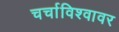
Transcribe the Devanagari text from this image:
चर्चाविश्वावर